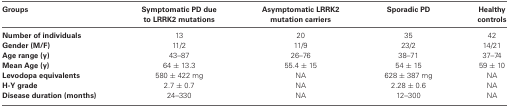
| Groups | Symptomatic PD due to LRRK2 mutations | Asymptomatic LRRK2 mutation carriers | Sporadic PD | Healthy controls |
 | --- | --- | --- | --- | --- |
 | Number of individuals | 13 | 20 | 35 | 42 |
 | Gender (M/F) | 11/2 | 11/9 | 23/2 | 14/21 |
 | Age range (y) | 43–87 | 26–76 | 38–71 | 37–74 |
 | Mean Age (y) | 64 ± 13.3 | 55.4 ± 15 | 54 ± 15 | 59 ± 10 |
 | Levodopa equivalents | 580 ± 422 mg | NA | 628 ± 387 mg | NA |
 | H-Y grade | 2.7 ± 0.7 | NA | 2.28 ± 0.6 | NA |
 | Disease duration (months) | 24–330 | NA | 12–300 | NA |